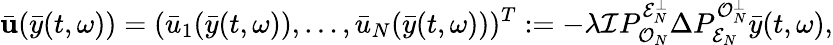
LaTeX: \bar{\mathbf{u}}(\bar{y}(t,\omega))=(\bar{u}_{1}(\bar{y}(t,\omega)),\dots,\bar{u}_{N}(\bar{y}(t,\omega)))^{T}:=-\lambda\mathcal{I}P_{\mathcal{O}_{N}}^{\mathcal{E}_{N}^{\perp}}\Delta P_{\mathcal{E}_{N}}^{\mathcal{O}_{N}^{\perp}}\bar{y}(t,\omega),